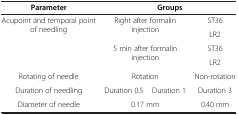
<table><thead><tr><td><b>Parameter</b></td><td colspan="3"><b>Groups</b></td></tr></thead><tbody><tr><td rowspan="2">Acupoint and temporal point of needling</td><td rowspan="2" colspan="2">Right after formalin injection</td><td>ST36</td></tr><tr><td>LR2</td></tr><tr><td> </td><td rowspan="2" colspan="2">5 min after formalin injection</td><td>ST36</td></tr><tr><td> </td><td>LR2</td></tr><tr><td>Rotating of needle</td><td colspan="2">Rotation</td><td>Non-rotation</td></tr><tr><td>Duration of needling</td><td>Duration 0.5</td><td>Duration 1</td><td>Duration 3</td></tr><tr><td>Diameter of needle</td><td colspan="2">0.17 mm</td><td>0.40 mm</td></tr></tbody></table>